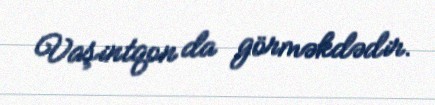
Vaşintqon da görməkdədir.